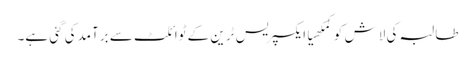
طالبہ کی لاش کوکمکھیاایکسپریس ٹرین کے ٹوائلٹ سے برآمدکی گئی ہے۔